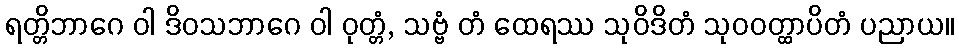
ရတ္တိဘာဂေ ဝါ ဒိဝသဘာဂေ ဝါ ဝုတ္တံ, သဗ္ဗံ တံ ထေရဿ သုဝိဒိတံ သုဝဝတ္ထာပိတံ ပညာယ။